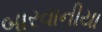
બારવાનીયા